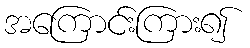
အကြောင်းကြား၍